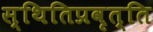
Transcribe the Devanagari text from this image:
स्थितिप्रवृत्ति